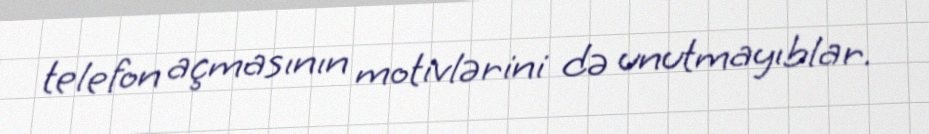
telefon açmasının motivlərini də unutmayıblar.